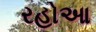
રહોઆ